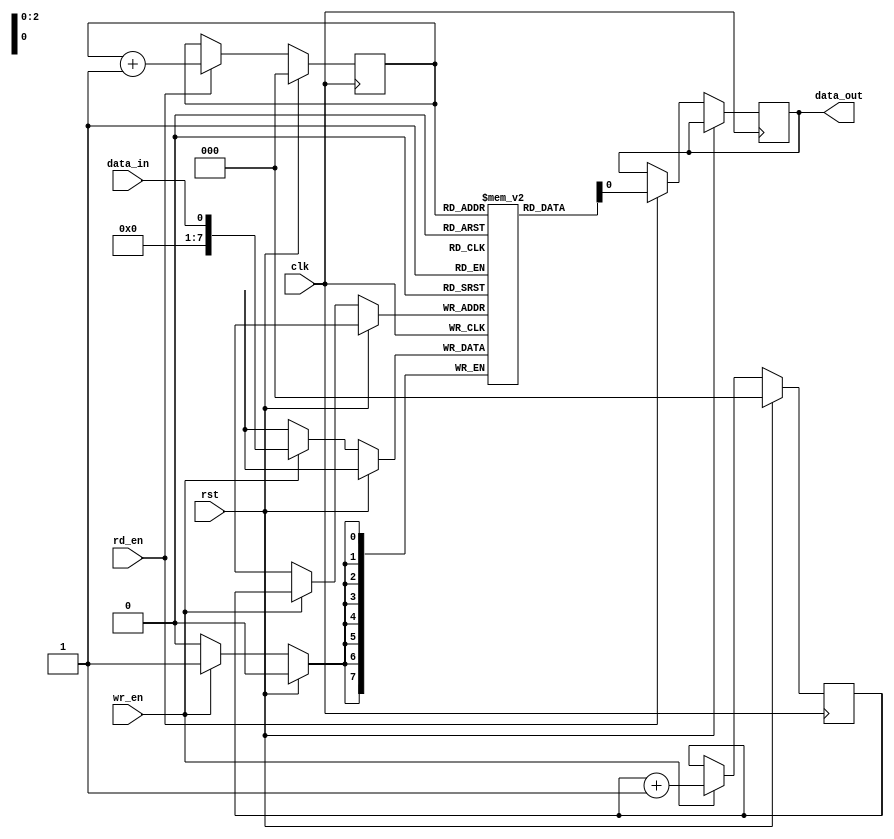
module synchronous_fifo
(
  input   wire        clk,
  input   wire        rst,
  input   wire        wr_en,
  input   wire        rd_en,
  input   wire        data_in,
  output  reg         data_out
);

reg [7:0] buffer [0:7]; // 8-entry FIFO buffer using 8-bit data
reg [2:0] wr_ptr, rd_ptr; // Write and read pointers

always @ (posedge clk)
begin
  if (rst)
  begin
    wr_ptr <= 0;
    rd_ptr <= 0;
  end
  else
  begin
    if (wr_en)
    begin
      buffer[wr_ptr] <= data_in;
      wr_ptr <= wr_ptr + 1;
    end
    if (rd_en)
    begin
      data_out <= buffer[rd_ptr];
      rd_ptr <= rd_ptr + 1;
    end
  end
end

endmodule